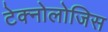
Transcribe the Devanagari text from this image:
टेक्नोलोजिस